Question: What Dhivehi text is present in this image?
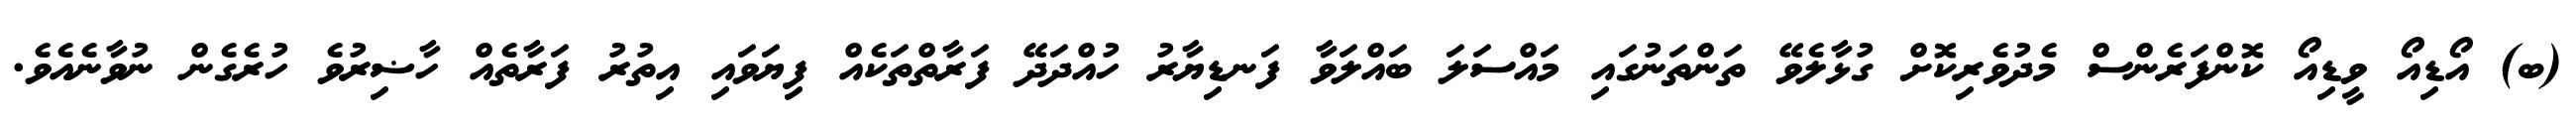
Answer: (ބ) އޯޑިއޯ ވީޑިއޯ ކޮންފަރެންސް މެދުވެރިކޮށް ގުޅާލެވޭ ތަންތަނުގައި މައްސަލަ ބައްލަވާ ފަނޑިޔާރު ހުއްދަދޭ ފަރާތްތަކެއް ފިޔަވައި އިތުރު ފަރާތެއް ހާޟިރުވެ ހުރެގެން ނުވާނެއެވެ.